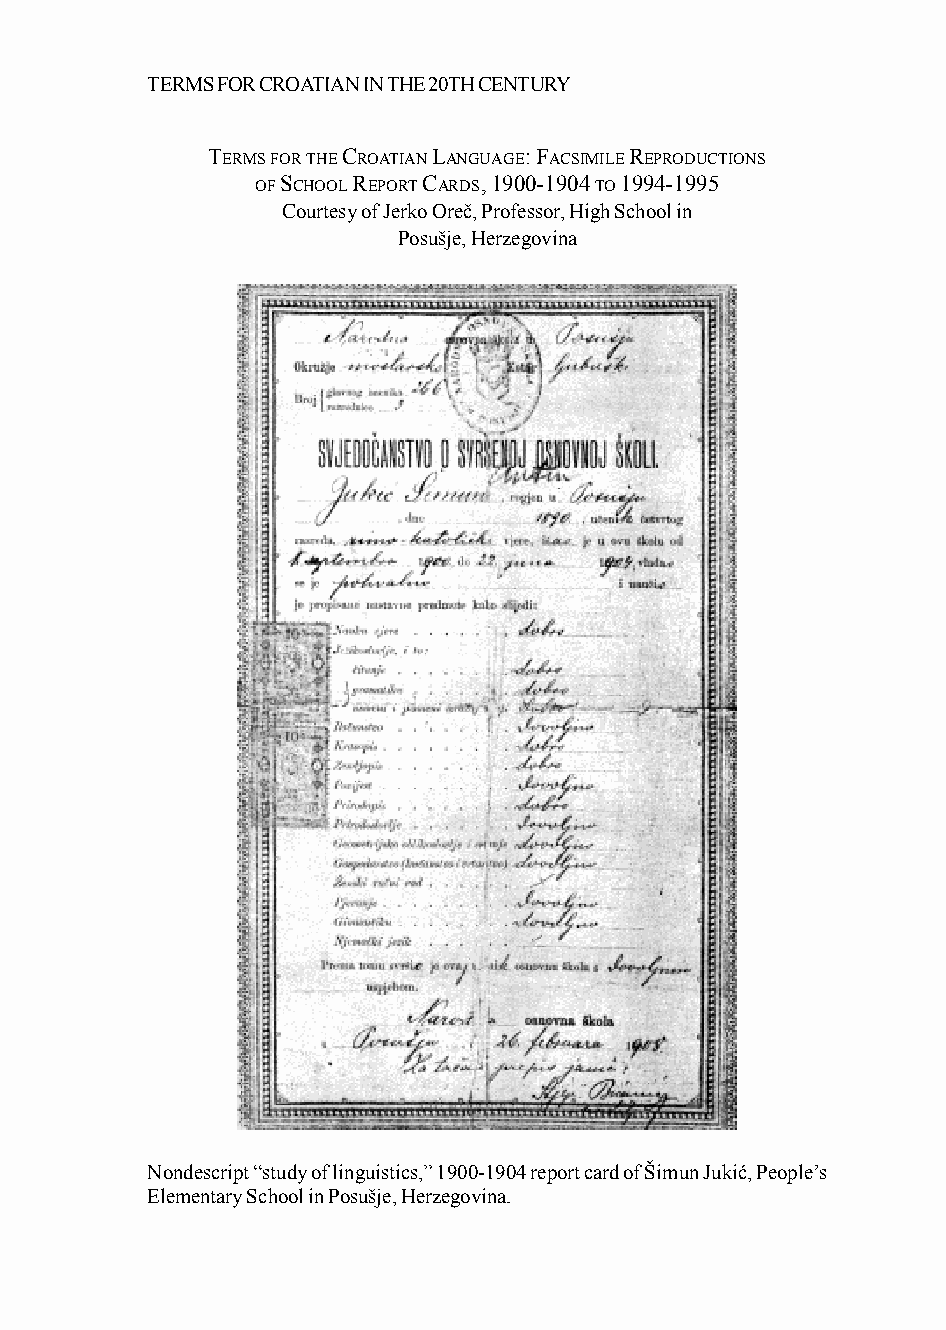
TERMS FOR CROATIAN IN THE 20TH CENTURY
 TERMS FOR THE CROATIAN LANGUAGE: FACSIMILE REPRODUCTIONS
 OF SCHOOL REPORT CARDS, 1900-1904 TO 1994-1995
 Courtesy of Jerko Oreč, Professor, High School in
 Posušje, Herzegovina
 Nondescript “study of linguistics,” 1900-1904 report card of Šimun Jukić, People’s
 Elementary School in Posušje, Herzegovina.